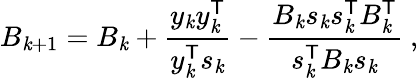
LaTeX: B_{\mathit{k}+1}=B_{\mathit{k}}+{\frac{{y_{\mathit{k}}y_{\mathit{k}}^{\mathsf{{T}}}}}{{y_{\mathit{k}}^{\mathsf{{T}}}s_{\mathit{k}}}}}-{\frac{{B_{\mathit{k}}s_{\mathit{k}}s_{\mathit{k}}^{\mathsf{{T}}}B_{\mathit{k}}^{\mathsf{{T}}}}}{{s_{\mathit{k}}^{\mathsf{{T}}}B_{\mathit{k}}s_{\mathit{k}}}}}\ ,